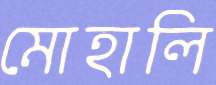
মোহালি